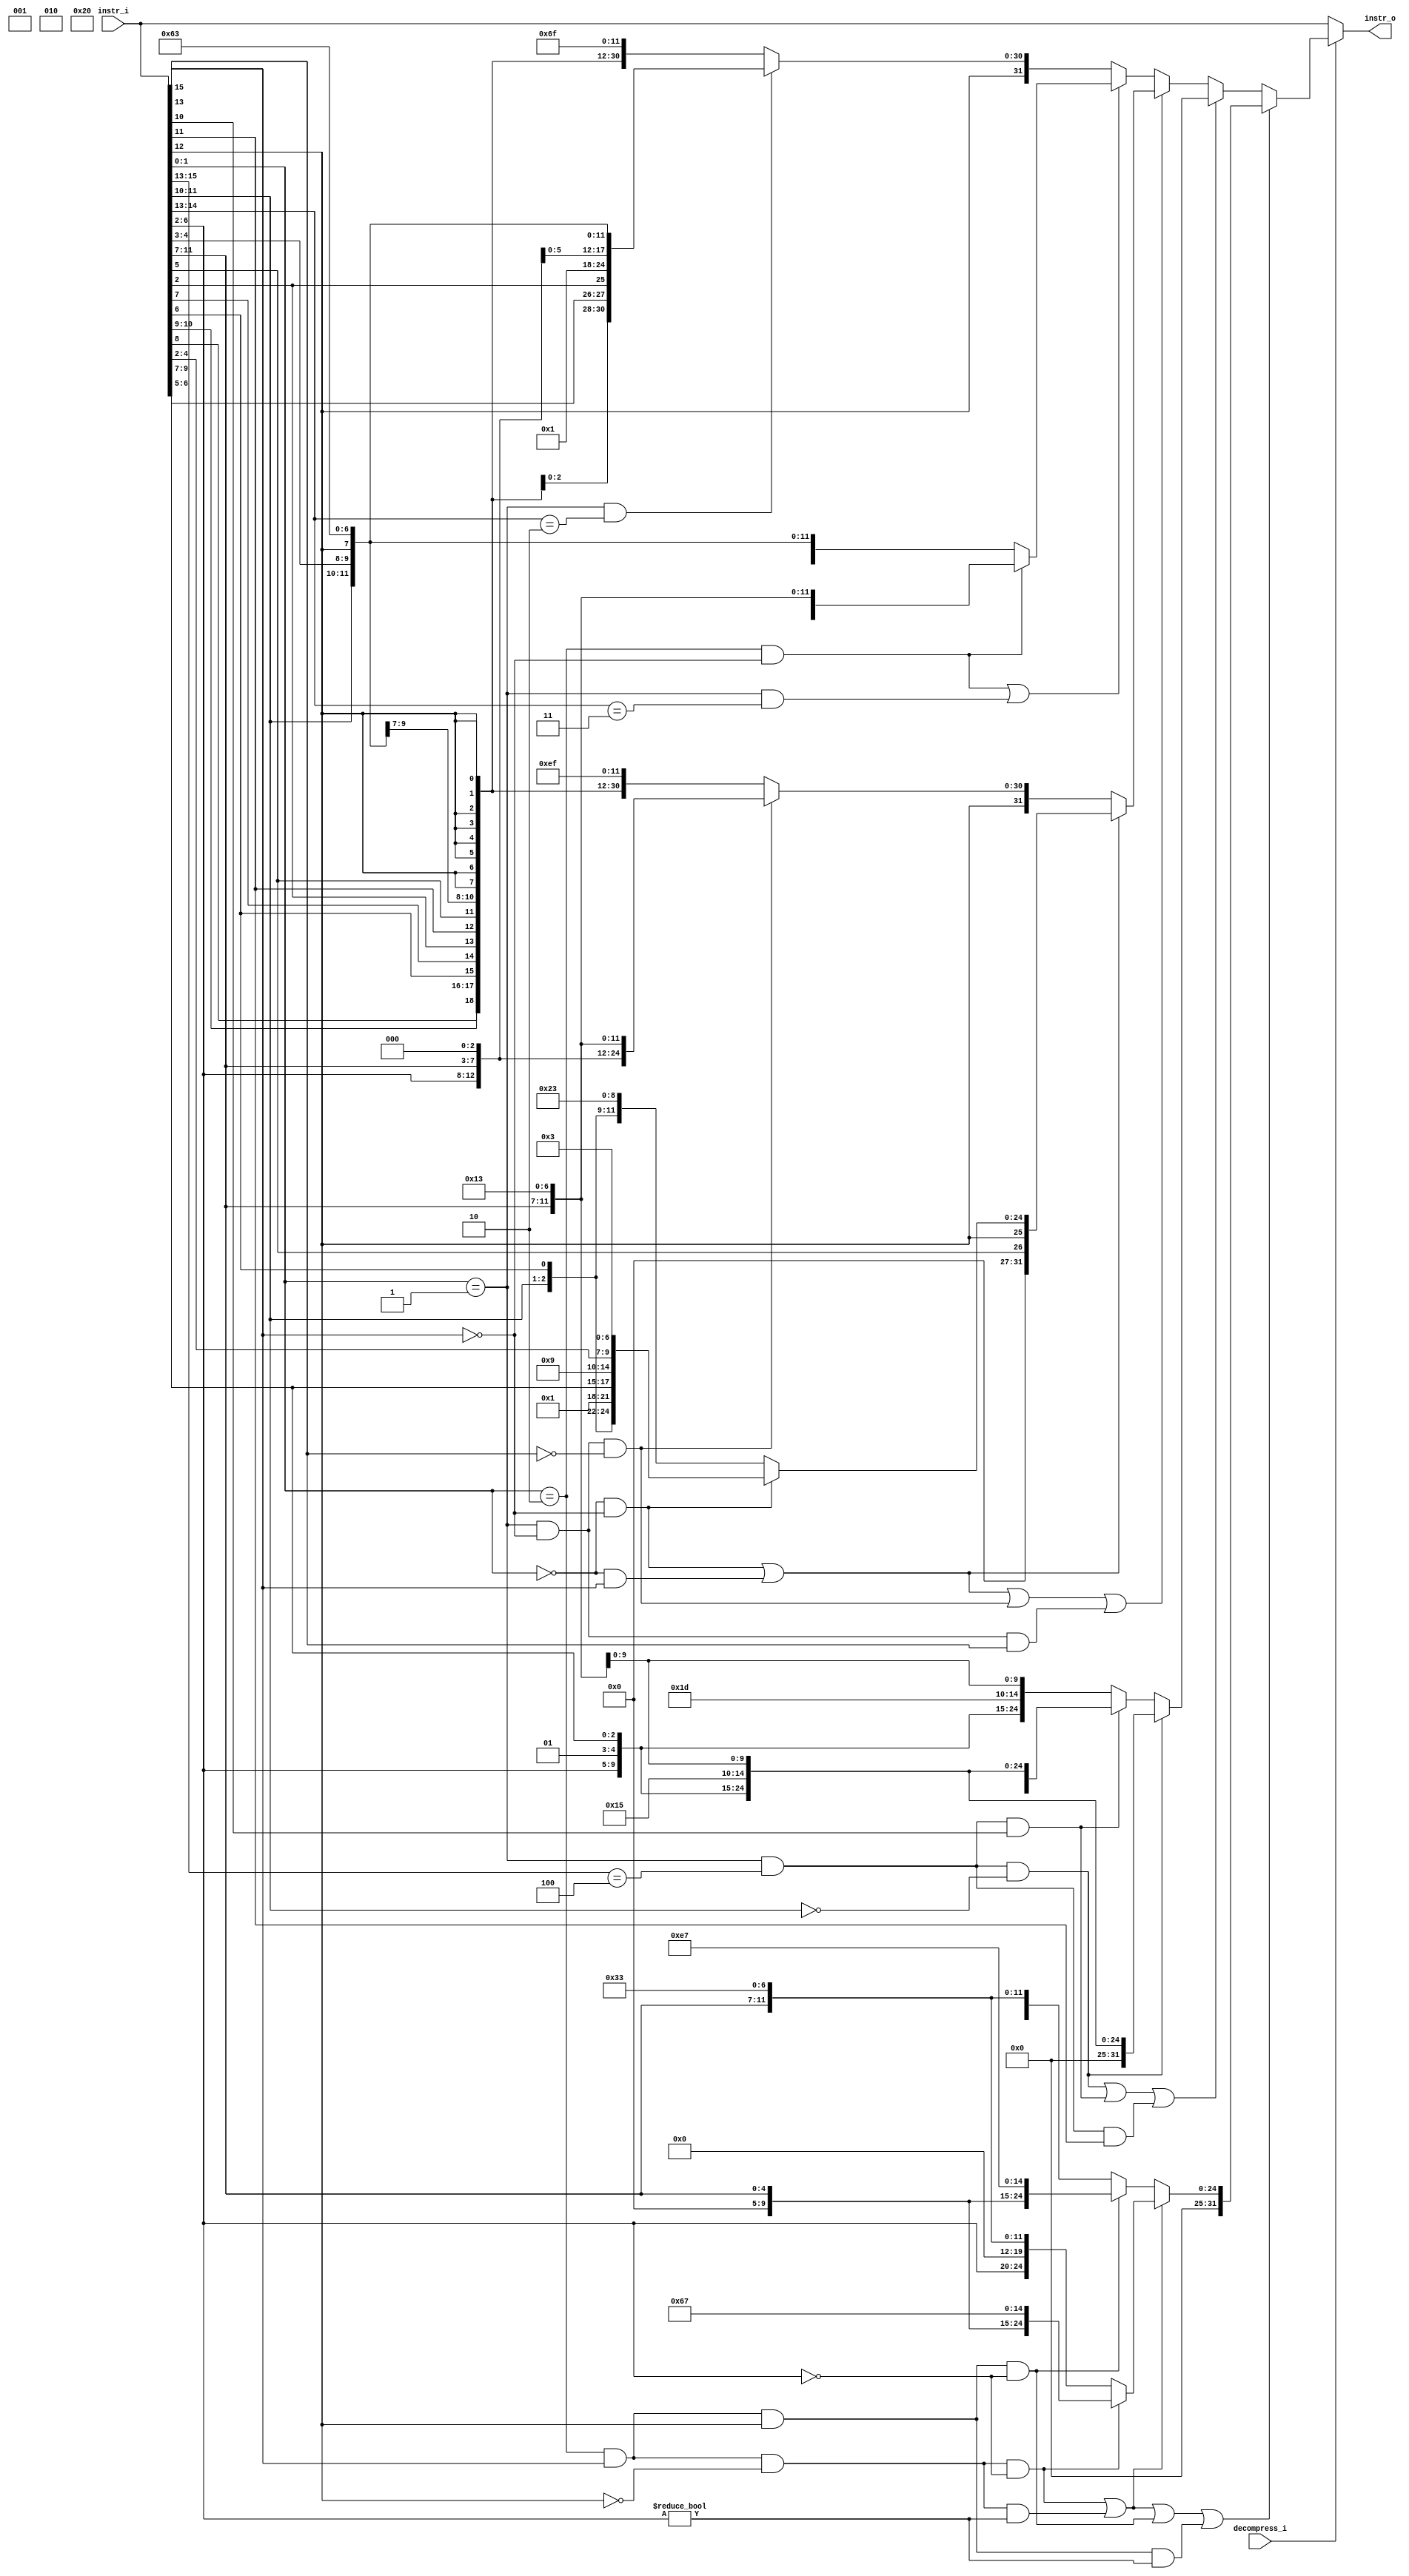
module decompressor (
    instr_i,
    decompress_i,
    instr_o
);
    input  [31:0] instr_i;
    input         decompress_i;
    output [31:0] instr_o;

    reg    [31:0] decompressed_instr;
    wire          is_lw, is_sw, is_addi, is_jal, is_srli, is_srai, is_andi, is_j, is_beqz, is_bnez, is_slli, is_jr, is_mv, is_jalr, is_add;

    assign instr_o = (decompress_i == 1'b1) ? decompressed_instr : instr_i;

    assign is_lw = ((instr_i[1:0] == 2'b00) & (instr_i[15] == 1'b0));                                                        //3, is_lw
    assign is_sw = ((instr_i[1:0] == 2'b00) & (instr_i[15] == 1'b1));                                                        //3, is_sw
    assign is_addi = ((instr_i[1:0] == 2'b01) & (instr_i[15] == 1'b0) & (instr_i[13] == 1'b0));                              //4, is_addi
    assign is_jal = ((instr_i[1:0] == 2'b01) & (instr_i[15] == 1'b0) & (instr_i[13] == 1'b1));                               //4, is_jal
    assign is_srli = ((instr_i[1:0] == 2'b01) & (instr_i[15:13] == 3'b100) & (instr_i[11:10] == 2'b00));                     //7, is_srli
    assign is_srai = ((instr_i[1:0] == 2'b01) & (instr_i[15:13] == 3'b100) & (instr_i[10] == 1'b1));                         //6, is_srai
    assign is_andi = ((instr_i[1:0] == 2'b01) & (instr_i[15:13] == 3'b100) & (instr_i[11] == 1'b1));                         //6, is_andi
    assign is_j = ((instr_i[1:0] == 2'b01) & (instr_i[15:13] == 3'b101));                                                    //5, is_j
    assign is_beqz = ((instr_i[1:0] == 2'b01) & (instr_i[14:13] == 2'b10));                                                  //4, is_beqz
    assign is_bnez = ((instr_i[1:0] == 2'b01) & (instr_i[14:13] == 2'b11));                                                  //4, is_bnez
    assign is_slli = ((instr_i[1:0] == 2'b10) & (instr_i[15] == 1'b0));                                                      //3, is_slli
    assign is_jr = ((instr_i[1:0] == 2'b10) & (instr_i[15] == 1'b1) & (instr_i[12] == 1'b0) & (instr_i[6:2] == 5'd0));       //9, is_jr
    assign is_mv = ((instr_i[1:0] == 2'b10) & (instr_i[15] == 1'b1) & (instr_i[12] == 1'b0) & (instr_i[6:2] != 5'd0));       //9, is_mv
    assign is_jalr = ((instr_i[1:0] == 2'b10) & (instr_i[15] == 1'b1) & (instr_i[12] == 1'b1) & (instr_i[6:2] == 5'd0));     //9, is_jalr
    assign is_add = ((instr_i[1:0] == 2'b10) & (instr_i[15] == 1'b1) & (instr_i[12] == 1'b1) & (instr_i[6:2] != 5'd0));      //9, is_add


    always @(*) begin
        if (is_jr | is_mv | is_jalr | is_add) begin
            if (is_jr | is_mv) begin
                if (is_jr) begin //jr
                    //JALR: IMM[11:0]        rs1 000 rd          1100111 //Byte address
                    //C.JR: 100 0 rs1 00000 10
                    decompressed_instr = {12'd0, instr_i[11:7], 3'd0, 5'd0, 7'b1100111};
                end
                else begin //mv
                    //ADD:  0000000      rs2 rs1 000 rd          0110011
                    //C.MV: 100 0 rd rs2 10
                    decompressed_instr = {7'd0, instr_i[6:2], 5'd0, 3'd0, instr_i[11:7], 7'b0110011};
                end
            end
            else begin
                if (is_jalr) begin //jalr
                    //JALR: IMM[11:0]        rs1 000 rd          1100111 //Byte address
                    //C.JR: 100 1 rs1 00000 10
                    decompressed_instr = {12'd0, instr_i[11:7], 3'd0, 5'd1, 7'b1100111};
                end
                else begin //add
                    //ADD:  0000000      rs2 rs1 000 rd          0110011
                    //C.ADD: 100 1 rs1/rd rs2 10
                    decompressed_instr = {7'd0, instr_i[6:2], instr_i[11:7], 3'd0, instr_i[11:7], 7'b0110011};
                end
            end
        end
        else if (is_srli | is_srai | is_andi) begin
            if (is_srli) begin //srli
                //SRLI: 0000000      sha rs1 101 rd          0010011
                //C.SRLI: 100 0 00 rs1'/rd' shamt 01
                decompressed_instr = {7'd0, instr_i[6:2], 2'b01, instr_i[9:7], 3'b101, 2'b01, instr_i[9:7], 7'b0010011};
            end
            else if (is_srai) begin //srai
                //SRAI: 0100000      sha rs1 101 rd          0010011
                //C.SRAI: 100 0 01 rs1'/rd' shamt 01
                decompressed_instr = {7'b0100000, instr_i[6:2], 2'b01, instr_i[9:7], 3'b101, 2'b01, instr_i[9:7], 7'b0010011};
            end
            else begin //andi
                //ANDI: IMM[11:0]        rs1 111 rd          0010011
                //C.ANDI: 100 imm[5] 10 rs1'/rd' imm[4:0] 01
                decompressed_instr = {{7{instr_i[12]}}, instr_i[6:2], 2'b01, instr_i[9:7], 3'b111, 2'b01, instr_i[9:7], 7'b0010011};
            end
        end
        else begin
            if (is_lw | is_sw | is_addi | is_jal) begin
                if (is_lw | is_sw) begin
                    if (is_lw) begin //lw
                        //LW:   IMM[11:0]        rs1 010 rd          0000011
                        //C.LW: 010 uimm[5:3] rs1' uimm[2|6] rd' 00
                        decompressed_instr = {5'd0, instr_i[5], instr_i[12:10], instr_i[6], 2'd0, 2'b01, instr_i[9:7], 3'b010, 2'b01, instr_i[4:2], 7'b0000011};
                    end
                    else begin //sw
                        //SW:   IMM[11:5]    rs2 rs1 010 IMM[4:0]    0100011
                        //C.SW: 110 uimm[5:3] rs1' uimm[2|6] rs2' 00
                        decompressed_instr = {5'd0, instr_i[5], instr_i[12], 2'b01, instr_i[4:2], 2'b01, instr_i[9:7], 3'b010, instr_i[11:10], instr_i[6], 2'd0, 7'b0100011};
                    end
                end
                else begin
                    if (is_addi) begin //addi
                        //ADDI: IMM[11:0]        rs1 000 rd          0010011
                        //C.ADDI: 000 imm[5] rs1/rd imm[4:0] 01
                        decompressed_instr = {{7{instr_i[12]}}, instr_i[6:2], instr_i[11:7], 3'b000, instr_i[11:7], 7'b0010011};
                    end
                    else begin //jal
                        //JAL:  IMM[20,10:1,11,19:12]    rd          1101111 //Halfword address //Not handled by ALU, PC + imm is outside of ALU
                        //C.JAL: 001 imm[11|4|9:8|10|6|7|3:1|5] 01
                        decompressed_instr = {instr_i[12], instr_i[8], instr_i[10:9], instr_i[6], instr_i[7], instr_i[2], instr_i[11], instr_i[5:3], instr_i[12], {8{instr_i[12]}}, 5'd1, 7'b1101111};
                    end
                end
            end
            else begin
                if (is_slli | is_bnez) begin
                    if (is_slli) begin //slli
                        //SLLI: 0000000      sha rs1 001 rd          0010011
                        //C.SLLI: 000 0 rs1/rd shamt 10
                        decompressed_instr = {7'd0, instr_i[6:2], instr_i[11:7], 3'b001, instr_i[11:7], 7'b0010011};
                    end
                    else begin //bnez
                        //BNE:  IMM[12,10:5] rs2 rs1 001 IMM[4:1,11] 1100011 //Halfword address //Partially handled by ALU, PC + imm is outside of ALU
                        //C.BNEZ: 111 imm[8|4:3] rs1' imm[7:6|2:1|5] 01
                        decompressed_instr = {instr_i[12], {3{instr_i[12]}}, instr_i[6:5], instr_i[2], 5'd0, 2'b01, instr_i[9:7], 3'b001, instr_i[11:10], instr_i[4:3], instr_i[12], 7'b1100011};
                    end
                end
                else begin
                    if (is_beqz) begin //beqz
                        //BEQ:  IMM[12,10:5] rs2 rs1 000 IMM[4:1,11] 1100011 //Halfword address //Partially handled by ALU, PC + imm is outside of ALU
                        //C.BEQZ: 110 imm[8|4:3] rs1' imm[7:6|2:1|5] 01
                        decompressed_instr = {instr_i[12], {3{instr_i[12]}}, instr_i[6:5], instr_i[2], 5'd0, 2'b01, instr_i[9:7], 3'b000, instr_i[11:10], instr_i[4:3], instr_i[12], 7'b1100011};
                    end
                    else begin //j
                        //JAL:  IMM[20,10:1,11,19:12]    rd          1101111 //Halfword address //Not handled by ALU, PC + imm is outside of ALU
                        //C.JAL: 101 imm[11|4|9:8|10|6|7|3:1|5] 01
                        decompressed_instr = {instr_i[12], instr_i[8], instr_i[10:9], instr_i[6], instr_i[7], instr_i[2], instr_i[11], instr_i[5:3], instr_i[12], {8{instr_i[12]}}, 5'd0, 7'b1101111};
                    end
                end
            end
        end
    end
//TODO: decompress to 32 bit version
    //ADD:  0000000      rs2 rs1 000 rd          0110011
    //ADDI: IMM[11:0]        rs1 000 rd          0010011
    //LW:   IMM[11:0]        rs1 010 rd          0000011
    //SW:   IMM[11:5]    rs2 rs1 010 IMM[4:0]    0100011
    //JALR: IMM[11:0]        rs1 000 rd          1100111 //Byte address

    //SUB:  0100000      rs2 rs1 000 rd          0110011

    //AND:  0000000      rs2 rs1 111 rd          0110011
    //ANDI: IMM[11:0]        rs1 111 rd          0010011

    //OR:   0000000      rs2 rs1 110 rd          0110011
    //ORI:  IMM[11:0]        rs1 110 rd          0010011

    //XOR:  0000000      rs2 rs1 100 rd          0110011
    //XORI: IMM[11:0]        rs1 100 rd          0010011
    //BEQ:  IMM[12,10:5] rs2 rs1 000 IMM[4:1,11] 1100011 //Halfword address //Partially handled by ALU, PC + imm is outside of ALU
    
    //BNE:  IMM[12,10:5] rs2 rs1 001 IMM[4:1,11] 1100011 //Halfword address //Partially handled by ALU, PC + imm is outside of ALU
    
    //SLLI: 0000000      sha rs1 001 rd          0010011

    //SRLI: 0000000      sha rs1 101 rd          0010011

    //SRAI: 0100000      sha rs1 101 rd          0010011
    
    //SLT:  0000000      rs2 rs1 010 rd          0110011
    //SLTI: IMM[11:0]        rs1 010 rd          0010011
    
    //JAL:  IMM[20,10:1,11,19:12]    rd          1101111 //Halfword address //Not handled by ALU, PC + imm is outside of ALU

endmodule